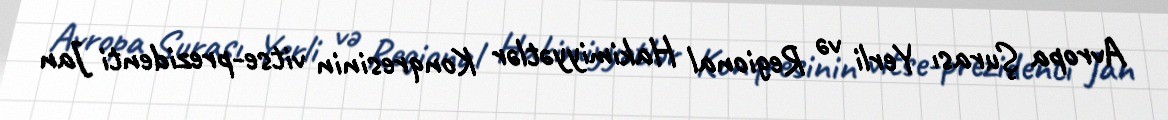
Avropa Şurası Yerli və Regional Hakimiyyətlər Konqresinin vitse-prezidenti Jan